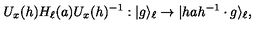
U _ { x } ( h ) H _ { \ell } ( a ) U _ { x } ( h ) ^ { - 1 } : | g \rangle _ { \ell } \to | h a h ^ { - 1 } \cdot g \rangle _ { \ell } ,